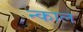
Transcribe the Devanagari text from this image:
न्काल